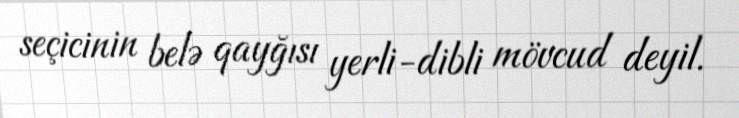
seçicinin belə qayğısı yerli-dibli mövcud deyil.